Second report of the anti-malarial operations at Mian Mir, 1901-1903 - Number 9
Year: 1901
Disease focus: Malaria
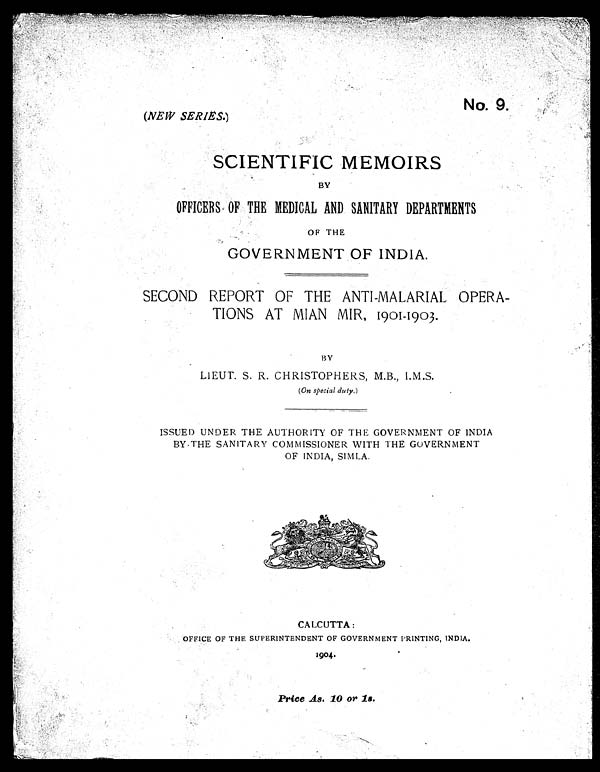
No. 9.
(NEW SERIES.)
SCIENTIFIC MEMOIRS
BY
OFFICERS OF THE MEDICAL AND SANITARY DEPARTMENTS
OF THE
GOVERNMENT OF INDIA.
SECOND REPORT OF THE ANTI-MALARIAL OPERA-
TIONS AT MIAN MIR, 1901-1903.
BY
LIEUT. S. R. CHRISTOPHERS, M.B., I.M.S.
( On special duty. )
ISSUED UNDER THE AUTHORITY OF THE GOVERNMENT OF INDIA
BY THE SANITARY COMMISSIONER WITH THE GOVERNMENT
OF INDIA, SIMLA.
CALCUTTA:
OFFICE OF THE SUPERINTENDENT OF GOVERNMENT FRINTING, INDIA.
1904.
Price As. 10 or 18.